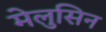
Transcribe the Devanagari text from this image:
मेलुसिन